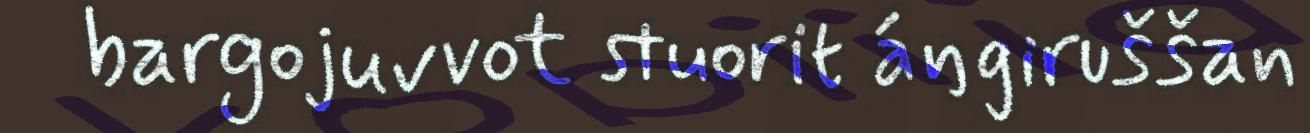
bargojuvvot stuorit áŋgiruššan